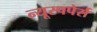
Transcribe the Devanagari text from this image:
न्यूस्पपेर्स